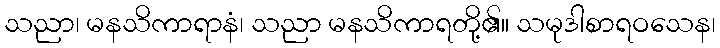
သညာ၊ မနသိကာရာနံ၊ သညာ မနသိကာရတို့၏။ သမုဒါစာရဝသေန၊